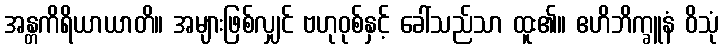
အန္တကိရိယာယာတိ။ အများဖြစ်လျှင် ဗဟုဝုစ်နှင့် ခေါ်သည်သာ ထူး၏။ ဧဟိဘိက္ခူနံ ဝိသုံ